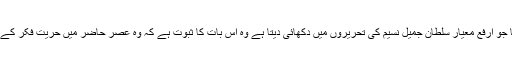
قلم کے احترام کا جو ارفع معیار سلطان جمیل نسیم کی تحریروں میں دکھائی دیتا ہے وہ اس بات کا ثبوت ہے کہ وہ عصر حاضر میں حریت فکر کے عظیم مجاہد ہیں۔